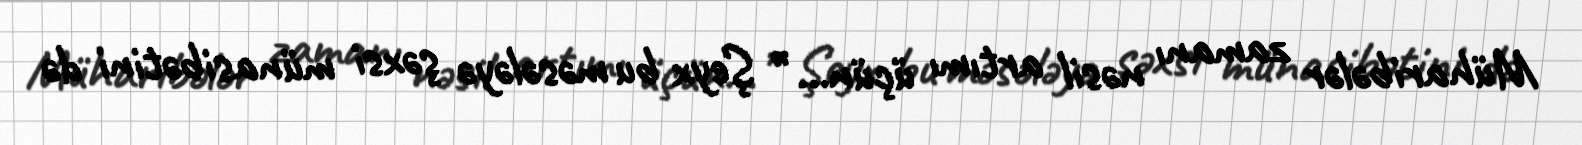
Müharibələr zamanı nəsil artımı üçün...” Şeyx bu məsələyə şəxsi münasibətini də